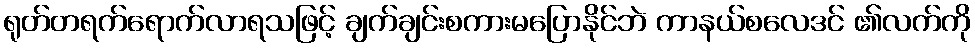
ရုတ်တရက်ရောက်လာရသဖြင့် ချက်ချင်းစကားမပြောနိုင်ဘဲ ကာနယ်စလေဒင် ၏လက်ကို